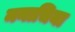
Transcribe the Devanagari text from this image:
मनाचिया